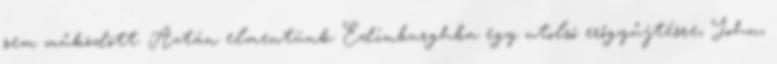
sem működött. Aztán elmentünk Edinburghba egy utolsó erőgyűjtésre, John,